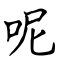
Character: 呢